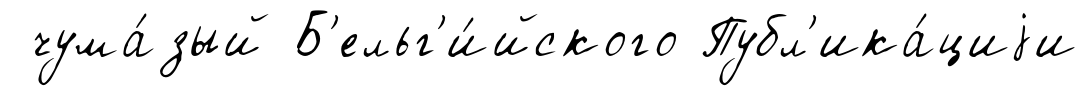
чума́зый Б'ельг'и́йского Публ'ика́циjи